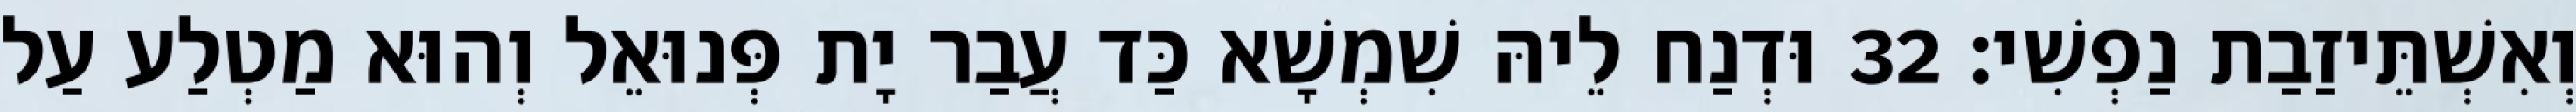
וְאִשְׁתֵּיזַבַת נַפְשִׁי׃ 32 וּדְנַח לֵיהּ שִׁמְשָׁא כַּד עֲבַר יָת פְּנוּאֵל וְהוּא מַטְלַע עַל